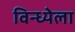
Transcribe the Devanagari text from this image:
विन्ध्येला